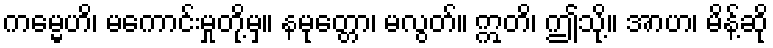
ကမ္မေဟိ၊ မကောင်းမှုတို့မှ။ နမုတ္တော၊ မလွတ်။ ဣတိ၊ ဤသို့။ အာဟ၊ မိန့်ဆို